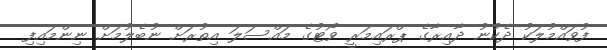
ފުވައްމުލަކު ދެކުނު ދާއިރާގެ ޕްރައިމަރީ ވޯޓުގެ މައްސަލަ އިތުރަށް ނުބެލުމަށް ނިންމައިފި